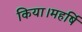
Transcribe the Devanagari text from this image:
किया।महर्षि